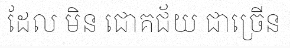
ដែល មិន ជោគជ័យ ជាច្រើន